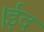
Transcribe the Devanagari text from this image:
।ईद